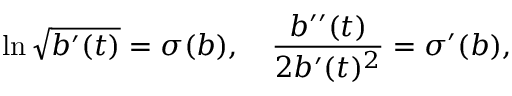
\ln \sqrt { b ^ { \prime } ( t ) } = \sigma ( b ) , ~ ~ ~ \frac { b ^ { \prime \prime } ( t ) } { 2 b ^ { \prime } ( t ) ^ { 2 } } = \sigma ^ { \prime } ( b ) ,